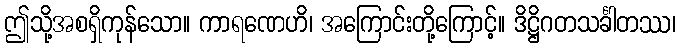
ဤသို့အစရှိကုန်သော။ ကာရဏေဟိ၊ အကြောင်းတို့ကြောင့်။ ဒိဋ္ဌိဂတသင်္ခါတဿ၊